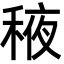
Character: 𬓰